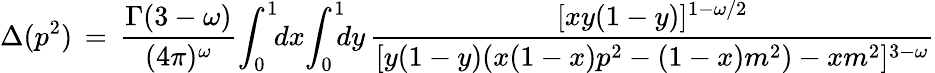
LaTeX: \Delta(p^{2})\, =\, \frac{\Gamma(3-\omega)}{(4\pi)^{\omega}}\! \int_{0}^{1}\! \! dx\! \int_{0}^{1}\! \! \! dy\, \frac{[xy(1-y)]^{1-\omega/2}}{[y(1-y)(x(1-x)p^{2}-(1-x)m^{2})-xm^{2}]^{3-\omega}}